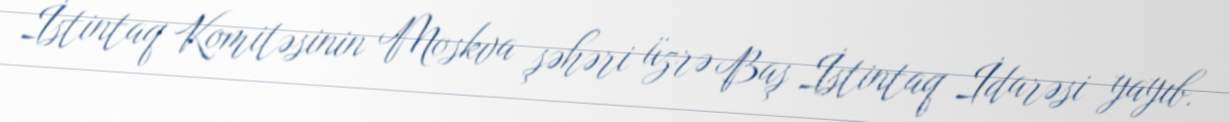
İstintaq Komitəsinin Moskva şəhəri üzrə Baş İstintaq İdarəsi yayıb.